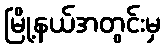
မြို့နယ်အတွင်းမှ